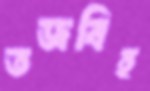
তজবিহ